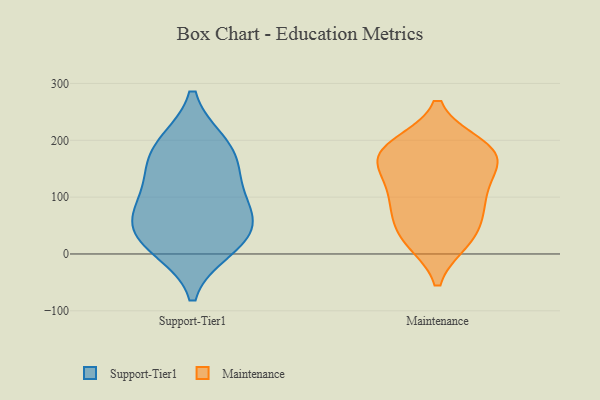
{"axis": {"x": "Customer Acquisition Cost (USD)", "y": "Value"}, "legend": ["Maintenance", "Support-Tier1"], "data": [{"x": "", "y": 193, "type": "Support-Tier1"}, {"x": "", "y": 142, "type": "Support-Tier1"}, {"x": "", "y": 79, "type": "Support-Tier1"}, {"x": "", "y": 29, "type": "Support-Tier1"}, {"x": "", "y": 80, "type": "Support-Tier1"}, {"x": "", "y": 147, "type": "Support-Tier1"}, {"x": "", "y": 64, "type": "Support-Tier1"}, {"x": "", "y": 10, "type": "Support-Tier1"}, {"x": "", "y": 24, "type": "Support-Tier1"}, {"x": "", "y": 194, "type": "Support-Tier1"}, {"x": "", "y": 183, "type": "Maintenance"}, {"x": "", "y": 23, "type": "Maintenance"}, {"x": "", "y": 77, "type": "Maintenance"}, {"x": "", "y": 172, "type": "Maintenance"}, {"x": "", "y": 74, "type": "Maintenance"}, {"x": "", "y": 101, "type": "Maintenance"}, {"x": "", "y": 108, "type": "Maintenance"}, {"x": "", "y": 168, "type": "Maintenance"}, {"x": "", "y": 191, "type": "Maintenance"}, {"x": "", "y": 189, "type": "Maintenance"}, {"x": "", "y": 23, "type": "Maintenance"}, {"x": "", "y": 160, "type": "Maintenance"}, {"x": "", "y": 138, "type": "Maintenance"}, {"x": "", "y": 35, "type": "Maintenance"}]}